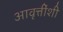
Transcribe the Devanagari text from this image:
आवृत्तींशी